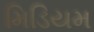
મિડિયમ